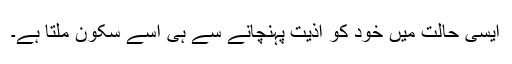
ایسی حالت میں خود کو اذیّّت پہنچانے سے ہی اُسے سکون ملتا ہے۔